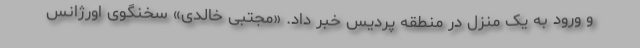
و ورود به یک منزل در منطقه پردیس خبر داد. «مجتبی خالدی» سخنگوی اورژانس